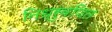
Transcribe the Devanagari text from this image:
निध्रुवणित